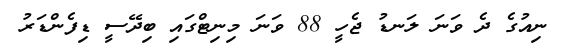
ނިއުގެ ދެ ވަނަ ލަނޑު ޖެހީ 88 ވަނަ މިނިޓްގައި ބިދޭސީ ޑިފެންޑަރު